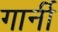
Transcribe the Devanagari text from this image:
गार्नी